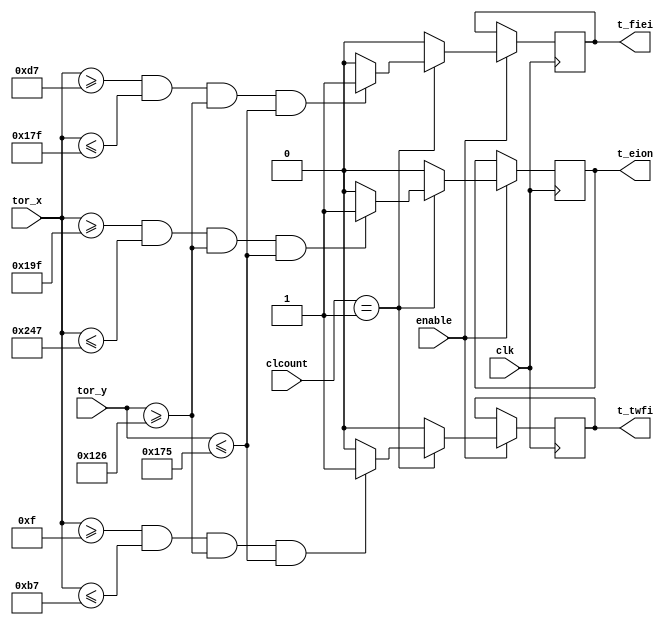
module TOUCH_3KEYSLARGE_INVIS(
	input wire clk,
//	input wire reset,	
//	input wire switch,
	input wire [1:0]clcount,
	input wire enable,

	input wire [9:0]tor_x,
	input wire [8:0]tor_y,

	
	output reg t_twfi,
	output reg t_fiei,
	output reg t_eion
	);
	
parameter[9:0] x1 = 11'd15;
parameter[9:0] x2 = 11'd183;
parameter[8:0] y1 = 11'd294;
parameter[8:0] y2 = 11'd373;

parameter[9:0] x3 = 11'd215;
parameter[9:0] x4 = 11'd383;

parameter[9:0] x5 = 11'd415;
parameter[9:0] x6 = 11'd583;

always @ (posedge clk)
	begin
		if (enable == 1)
		begin
			if (clcount == 1) 
			begin
				if ((tor_x[9:0]>=x1)&&(tor_x[9:0]<=x2)&&(tor_y[8:0]>=y1)&&(tor_y[8:0]<=y2))
						t_twfi = 1;
					else
						t_twfi = 0;
				if ((tor_x[9:0]>=x3)&&(tor_x[9:0]<=x4)&&(tor_y[8:0]>=y1)&&(tor_y[8:0]<=y2))
						t_fiei = 1;
					else
						t_fiei = 0;
				if ((tor_x[9:0]>=x5)&&(tor_x[9:0]<=x6)&&(tor_y[8:0]>=y1)&&(tor_y[8:0]<=y2))
						t_eion = 1;
					else
						t_eion = 0;
			end
				else
				begin
					t_twfi = 0;
					t_fiei = 0;
					t_eion = 0;
				end
		end
			else
			begin
				t_twfi = t_twfi;
				t_fiei = t_fiei;
				t_eion = t_eion;
			end
	end	
endmodule